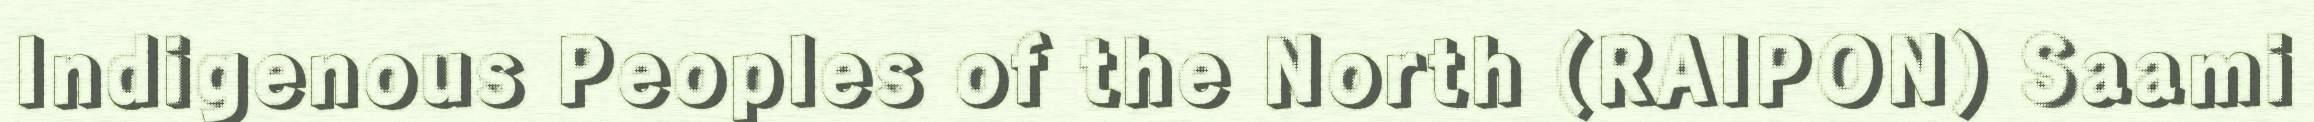
Indigenous Peoples of the North (RAIPON) Saami